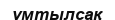
ұмтылсақ